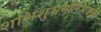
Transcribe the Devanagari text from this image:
शशिशुभ्रमौलैर्भक्त्या